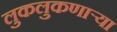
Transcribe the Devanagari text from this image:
लुकलुकणार्‍या